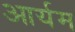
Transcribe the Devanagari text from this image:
आर्यम